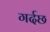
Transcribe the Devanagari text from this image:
गर्दछ